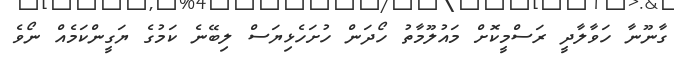
ގާނޫނާ ހަވާލާދީ ރަސްމީކޮށް މައުލޫމާތު ހޯދަން ހުށަހެޅިޔަސް ލިބޭނެ ކަމުގެ ޔަގީންކަމެއް ނޯވެ